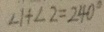
\angle 1 + \angle 2 = 2 4 0 ^ { \circ }